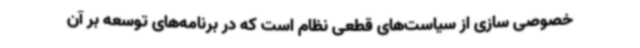
خصوصی سازی از سیاست‌های قطعی نظام است که در برنامه‌های توسعه بر آن